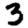
Digit: 3